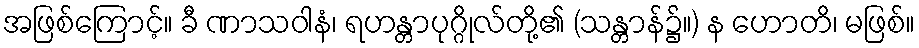
အဖြစ်ကြောင့်။ ခီ ဏာသဝါနံ၊ ရဟန္တာပုဂ္ဂိုလ်တို့၏ (သန္တာန်၌။) န ဟောတိ၊ မဖြစ်။